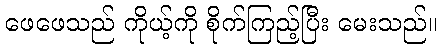
ဖေဖေသည် ကိုယ့်ကို စိုက်ကြည့်ပြီး မေးသည်။